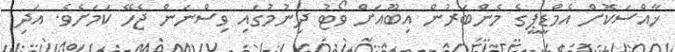
ޚާއްސަކޮށް އެމްޑީޕީގެ މެންބަރުން އިބޫއަށް ވޯޓު ދިނުމުގައި ވިސްނަން ޖެހޭ ކަމަށެވެ. އަދި